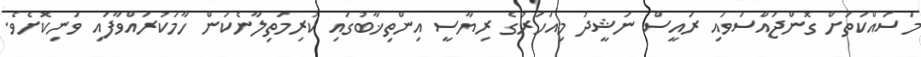
މަސައްކަތަށް ގޮންޖައްސަވައި ރައީސް ނަޝީދު މިއަހަރުގެ ރިޔާސީ އިންތިޚާބުގައި ކުރިމަތިލާނެކަން ހާމަކުރައްވާފައި ވަނިކޮށެވެ.